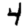
Digit: 4